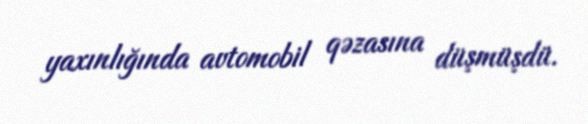
yaxınlığında avtomobil qəzasına düşmüşdü.